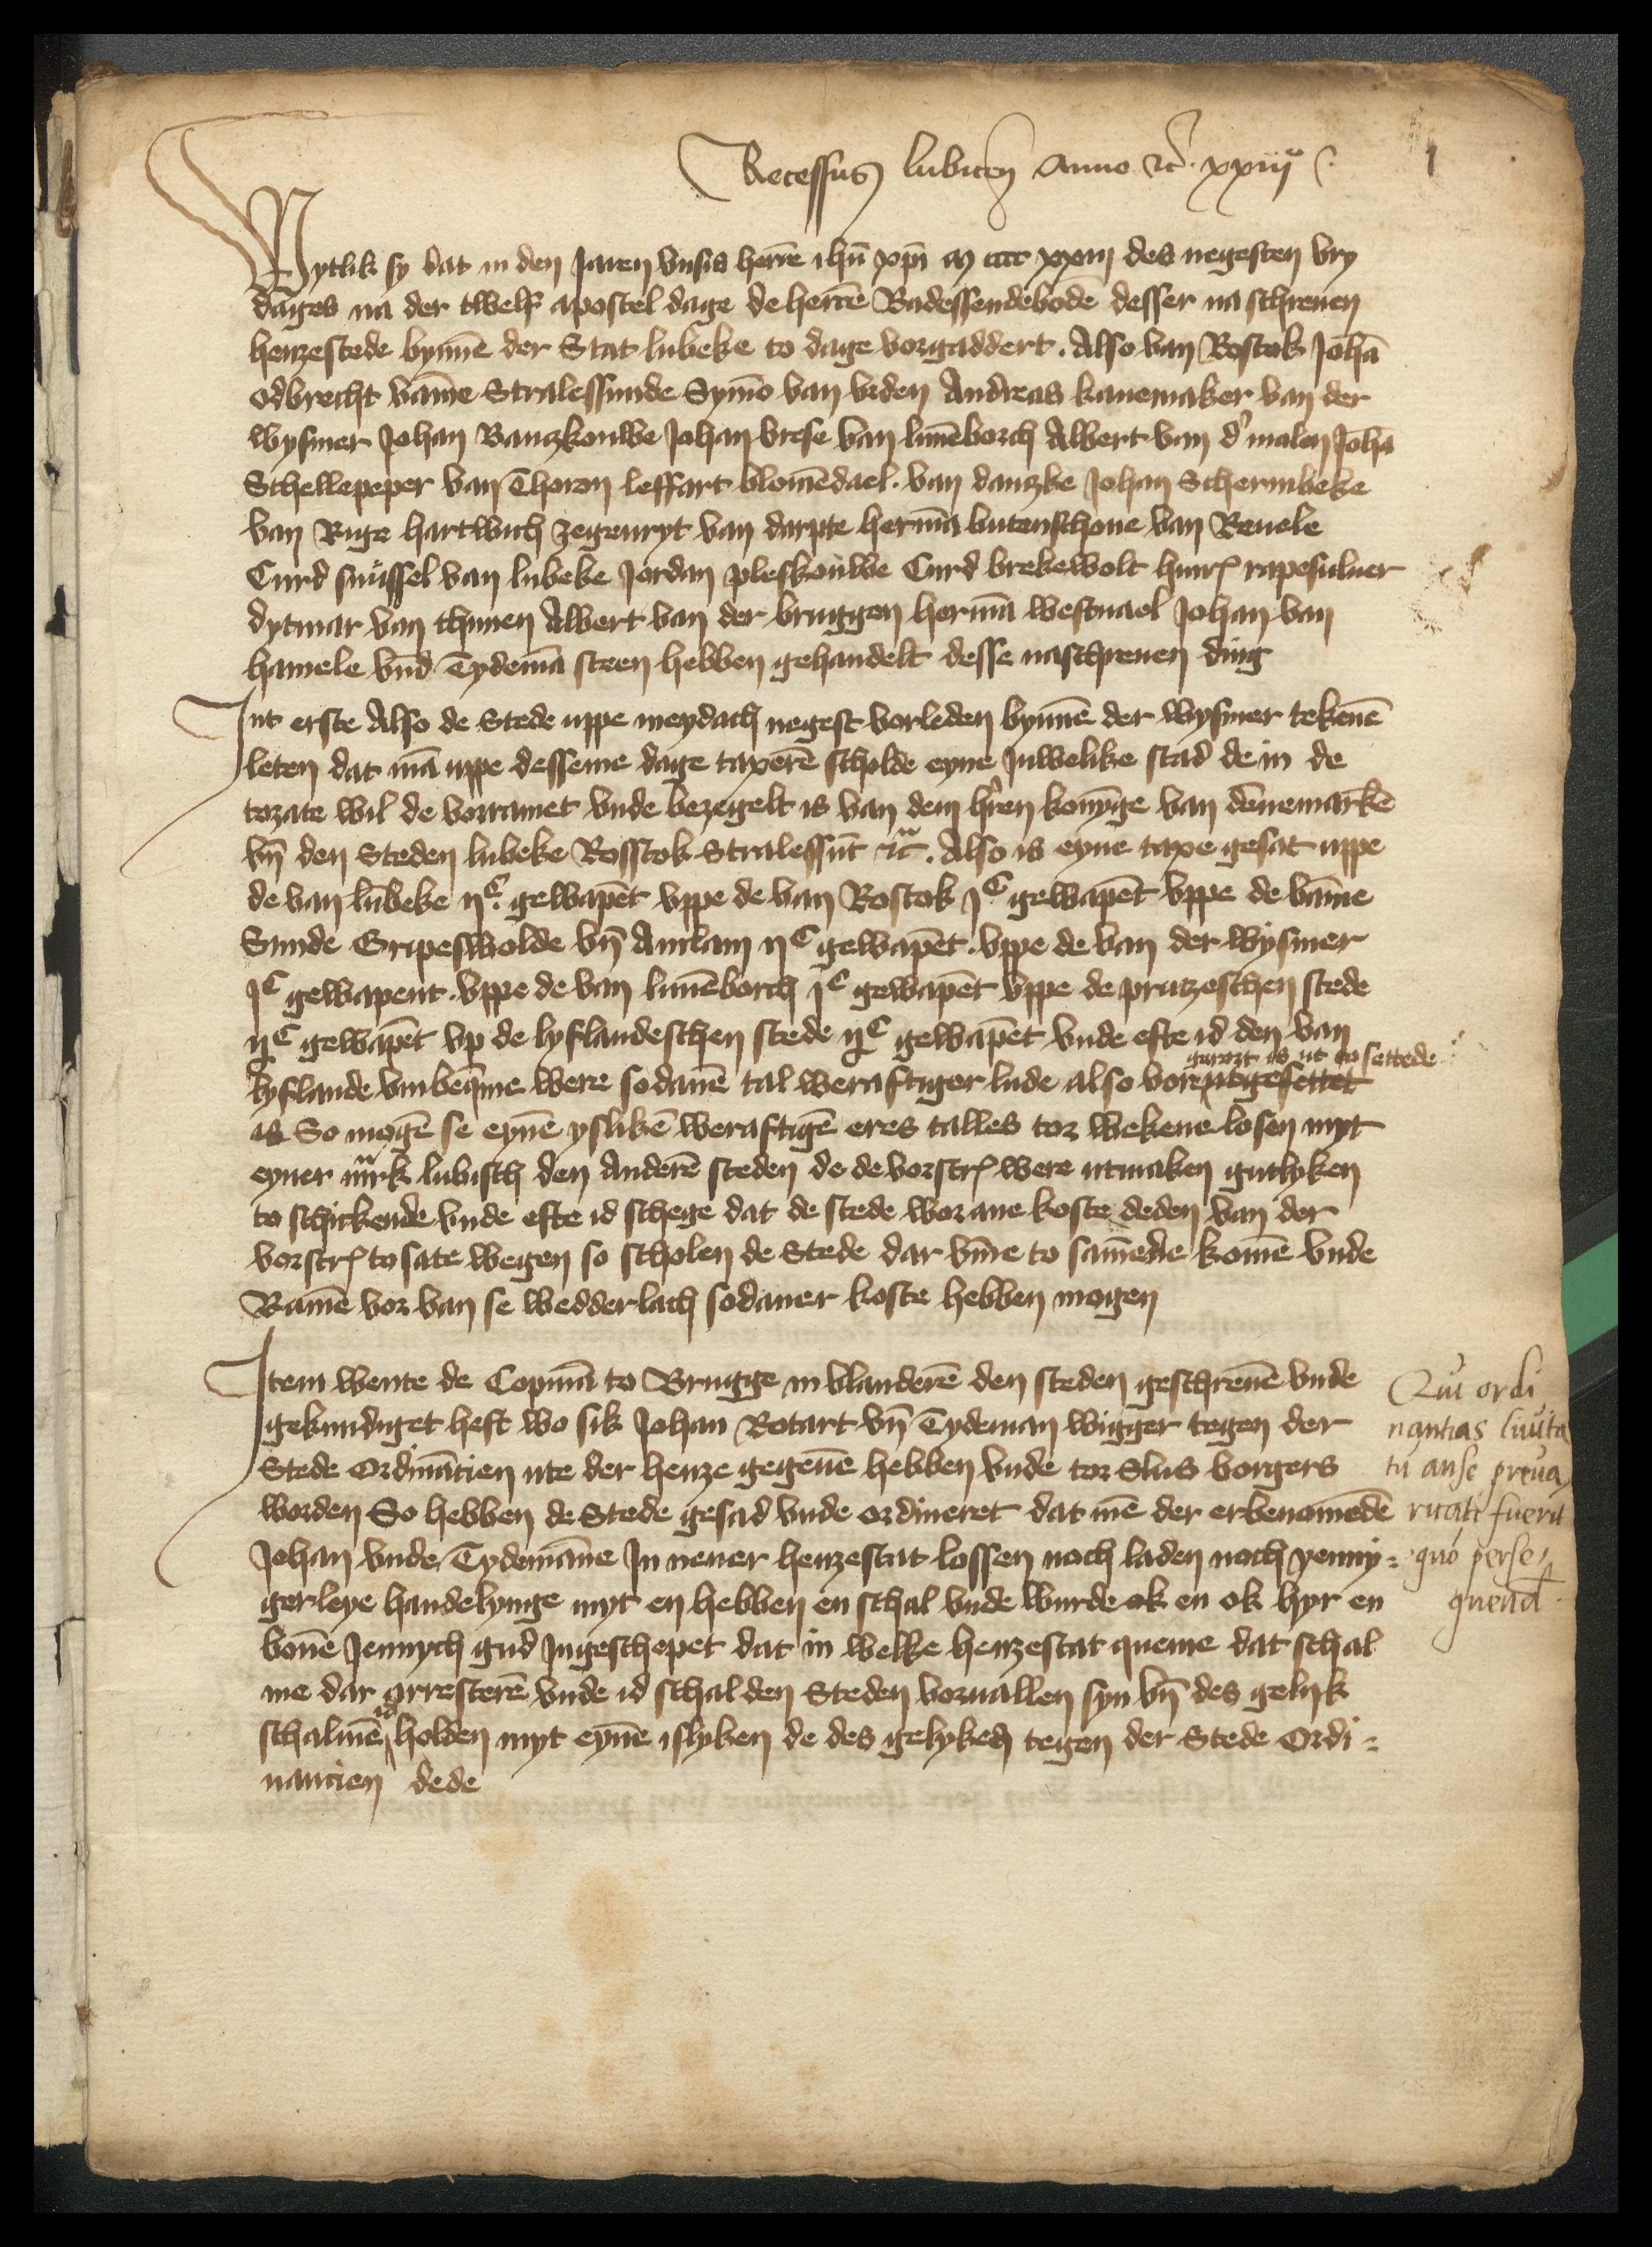
Recessus Lubicensis Anno etcetera xxiij

Wytlik sy dat in den Jaren vnses heren Jesus Christi m cccc xxiij des negesten vry¬
dages na der twelf apostel dage de heren Radessendeboden desser na schreuen
henzestede bynnen der Stat Lubeke to dage vorgaddert, Also van Rostok Johan
Odbrecht vamme Stralessunde Symon van Vrden Andreas Kanemaker van der
Wysmer Johan Banzkouwe Johan Vrese van Luneborch Albert van der Molen Johan
Schellepeper van Thoren Leffart Blomendael. van Danzke Johan Schermbeke
van Rige Hartwich Zegenryt van Darpte Herman Butenschone van Reuele
Curd Snussel van Lubeke Jordan Pleskouwe Curd Brekewolt Hinrik Rapesuluer
Dytmar van Thunen Albert van der Bruggen Herman Westuael Johan van
Hamele vnd Tydeman Steen hebben gehandelt desse naschreuen ding

Jnt erste Also de Stede vppe meydach negest vorleden bynnen der Wysmer tekenen
leten dat man vppe desseme dage taperen scholde eyne Juwelike stad dem de
tozate wil de vorramet vnde bezegelt is van dem heren konynge van Dennemarken
vnd den Steden Lubeke Rostok Stralessunt etcetera Also is eyne tape gesat vppe
de van Lubeke ijc gewapent vppe de van Rostok jc gewapent vppe de vmme
Sunde Gripeswolde vnd Anclam ijc gewapent vppe de van der Wysmer
jc gewapent vppe de van Luneborch jc gewapent vppe de prutzeschen stede
ijc gewapet vp de lyflandeschen stede ijc gewapet vnde efte id den van
^gerort is en to settede
lyflande vmbequeme were sodanen tal weraftiger lude also vorse^esettet
is So moten se eynen ysliken weraftigen eres talles tor wekene lesen myt
eyner mark lubesch den anderen steden de de vorscreuen were utmaken gutlyken
to schickende vnde efte id schege dat de stede wor ane koste deden van der
vorscreuen to sate wegen so scholen de Stede dar vmme to samende kome vnde
Ramen vor van se wedderlach sodaner koste hebben mogen

Jtem wente de Copman to Brugge in Vlanderen den steden geschreuen vnde
gekundiget heft wo sik Johan Rotart vnd Tydeman Wigger tegen der
Stede Ordinancien ute der henze gegeuen hebben vnde tor Slus borgers
worden So hebben de Stede gesad vnde ordineret dat men der erbenomenden
Johan vnde Tydemanne Jn nener henzestit lossen noch laden noch yenny¬
gerleye handelinge myt en hebben en schal vnde wurde ok en ok hyr en
bouen Jennich gud Jngeschepet dat in welke henzestat queme dat schal
me dar orresteren vnde id schal den Steden voruallen syn vnd des gelyk
^id
schalmen ^ holden myt eynen isliken de des gelyked tegen der Stede Ordi¬
nancien dede

Qui ordi¬
nantias ciuita¬
tu anse preua¬
ricati fuerit
quo perse¬
quendo